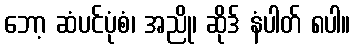
ဘော့ ဆံပင်ပုံစံ၊ အညို၊ ဆိုဒ် နံပါတ် ၈ပါ။